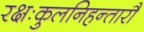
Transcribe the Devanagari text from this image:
रक्षःकुलनिहन्तारौ